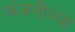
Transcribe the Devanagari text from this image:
अंजनीच्या